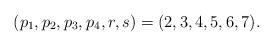
LaTeX: \begin{align*}(p_1, p_2, p_3, p_4, r,s) = (2,3,4,5,6,7).\end{align*}